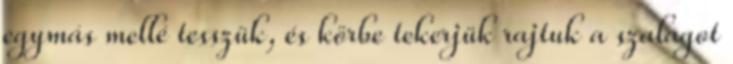
egymás mellé tesszük, és körbe tekerjük rajtuk a szalagot